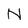
Character: N